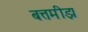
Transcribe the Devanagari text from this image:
बत्तमीझ